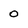
Character: 0